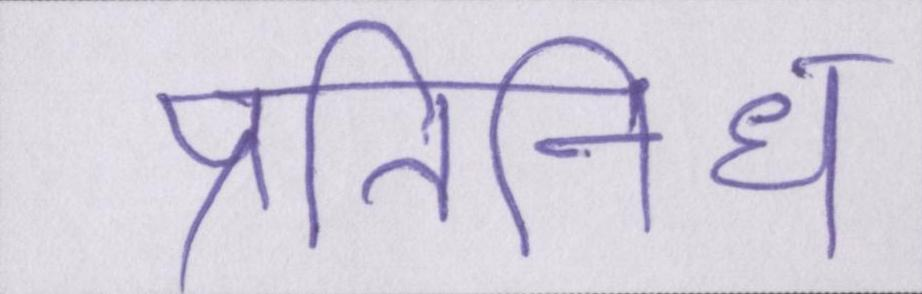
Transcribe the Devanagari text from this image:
प्रतिनिधि